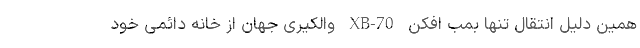
همین دلیل انتقال تنها بمب افکن XB-70 والکیری جهان از خانه دائمی خود